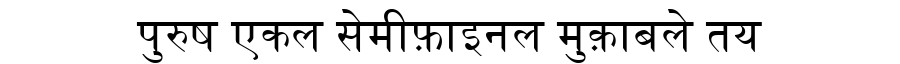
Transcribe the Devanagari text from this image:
पुरुष एकल सेमीफ़ाइनल मुक़ाबले तय